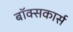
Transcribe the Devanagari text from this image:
बॉक्सकार्स